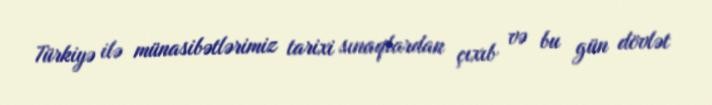
Türkiyə ilə münasibətlərimiz tarixi sınaqlardan çıxıb və bu gün dövlət